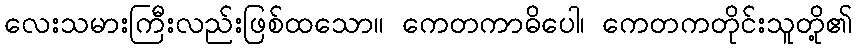
လေးသမားကြီးလည်းဖြစ်ထသော။ ကေတကာဓိပေါ၊ ကေတကတိုင်းသူတို့၏